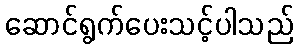
ဆောင်ရွက်ပေးသင့်ပါသည်